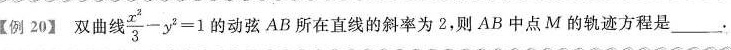
【例20】双曲线 $$\frac{x^{2}}{3}-y^{2}=1$$ 的动弦AB所在直线的斜率为2，则AB中点M的轨迹方程是___。